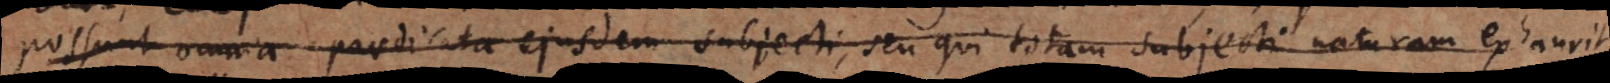
possunt omnia praedicata ejusdem subjecti, seu qui totam subjecti naturam exhaurit,